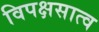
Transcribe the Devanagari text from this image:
विपक्षसात्व